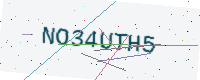
Text: NO34UTH5